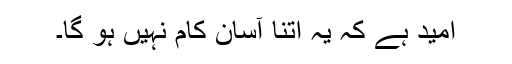
امید ہے کہ یہ اتنا آسان کام نہیں ہو گا۔